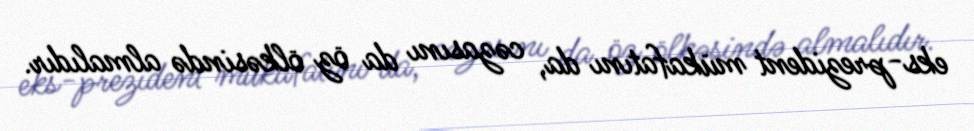
eks-prezident mükafatını da, cəzasını da öz ölkəsində almalıdır.